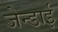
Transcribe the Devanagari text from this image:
जेन्‍डाई